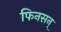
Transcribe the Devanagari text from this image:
फिनसन्‌